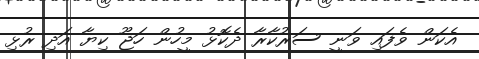
އެކަން ވެފައި ވަނީ ސަރުކާރާ ދެކޮޅު މީހުން ހަޖޫ ކިޔާ އަދި ރުޅި